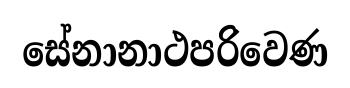
සේනානාථපරිවෙණ